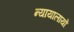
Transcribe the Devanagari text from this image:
न्यायालायों